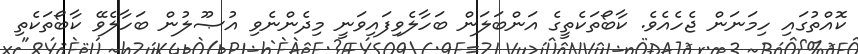
ކޮއްތުގައި ހިމަނަން ޖެހެއެވެ. ކާބޯތަކެތީގެ އަންބަލަން ބަހާލެވިފައިވަނީ މިދެންނެވި އުޞޫލުން ބަހާލެވޭ ކާބޯތަކެތި